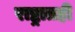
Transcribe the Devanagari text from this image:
राष्ट्रातही